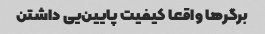
برگرها واقعا کیفیت پایین‌یی داشتن